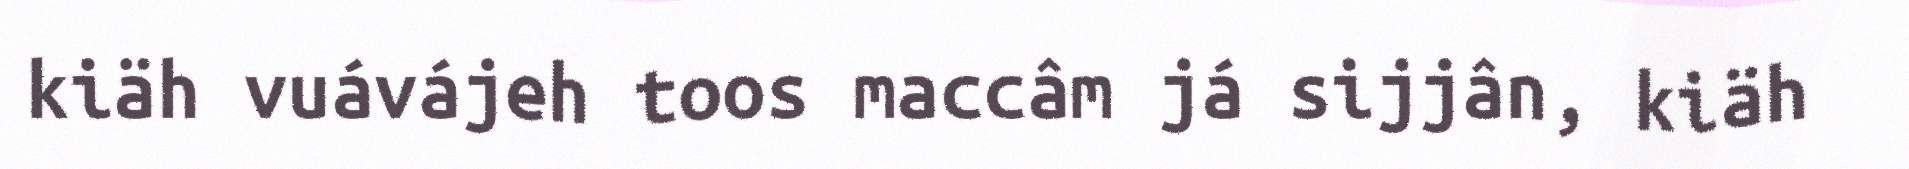
kiäh vuávájeh toos maccâm já sijjân, kiäh